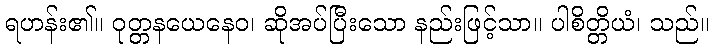
ရဟန်း၏။ ဝုတ္တနယေနေဝ၊ ဆိုအပ်ပြီးသော နည်းဖြင့်သာ။ ပါစိတ္တိယံ၊ သည်။